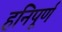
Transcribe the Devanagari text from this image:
हनिपूर्ण